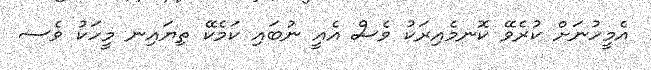
އެމީހުނަށް ކުރެވޭ ކޮނމެއިރަކު ވެސް އެއީ ނުބައި ކަމެކޭ ތިޔައިނ މީހަކު ވެސ